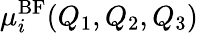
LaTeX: \mu_{i}^{\mathrm{BF}}(Q_{1},Q_{2},Q_{3})